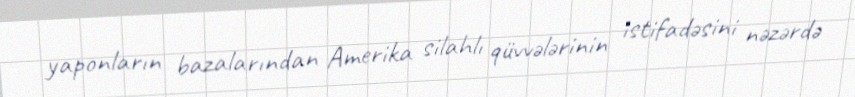
yaponların bazalarından Amerika silahlı qüvvələrinin istifadəsini nəzərdə